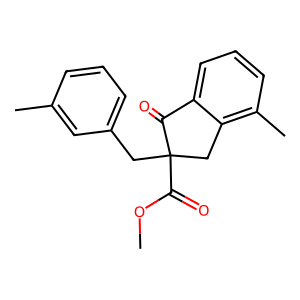
SMILES: COC(=O)C1(Cc2cccc(C)c2)Cc2c(C)cccc2C1=O
Inhibits HIV replication: No